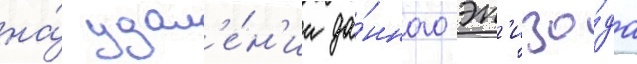
на́ удал'е́н'ии да́нного эп'изо́да